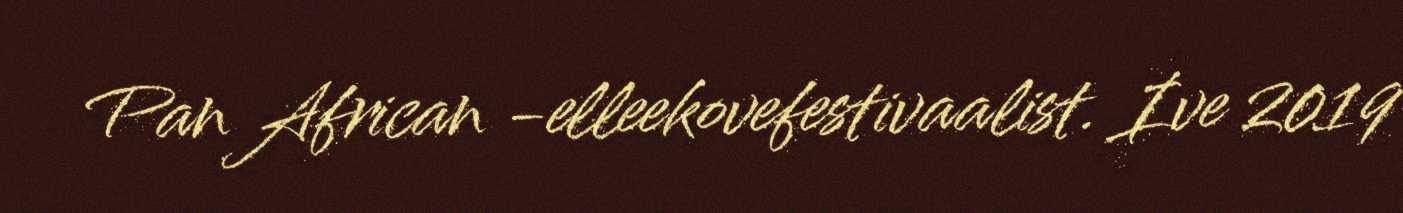
Pan African -elleekovefestivaalist. Ive 2019